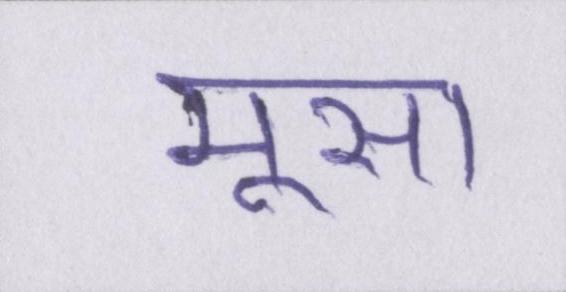
मूसा